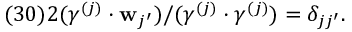
( 3 0 ) 2 ( \gamma ^ { ( j ) } \cdot { \bf w } _ { j ^ { \prime } } ) / ( \gamma ^ { ( j ) } \cdot \gamma ^ { ( j ) } ) = \delta _ { j j ^ { \prime } } .